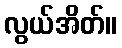
လွယ်အိတ်။